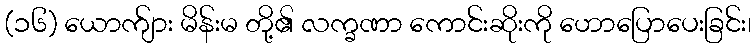
(၁၆) ယောက်ျား မိန်းမ တို့၏ လက္ခဏာ ကောင်းဆိုးကို ဟောပြောပေးခြင်း၊